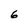
Character: 6